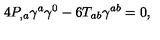
4 P _ { , a } \gamma ^ { a } \gamma ^ { 0 } - 6 T _ { a b } \gamma ^ { a b } = 0 ,